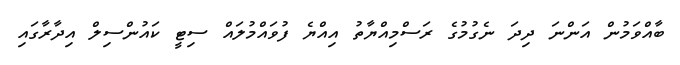
ބާއްވަމުން އަންނަ ދިދަ ނެގުމުގެ ރަސްމިއްޔާތު އިއްޔެ ފުވައްމުލައް ސިޓީ ކައުންސިލް އިދާރާގައި